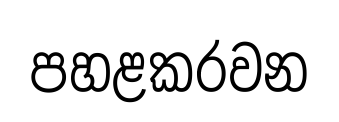
පහළකරවන